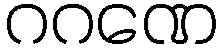
ဂဂဏေ